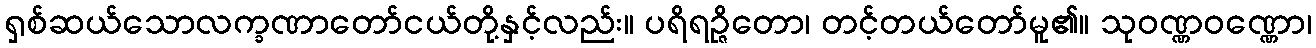
ရှစ်ဆယ်သောလက္ခဏာတော်ငယ်တို့နှင့်လည်း။ ပရိရဉ္ဇိတော၊ တင့်တယ်တော်မူ၏။ သုဝဏ္ဏဝဏ္ဏော၊